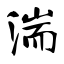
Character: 湍